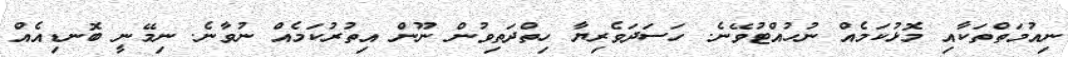
ނިއުމަތްތަކާއި މޮޅުކަމެއް ނުހުއްޓުވޭނެ. ހަސަދަވެރިޔާ ހިތްދަތިވުން ނޫން އިތުރުކަމެއް ނުވާނެ. ނިމޭނީ ބޮނޑިއެއް